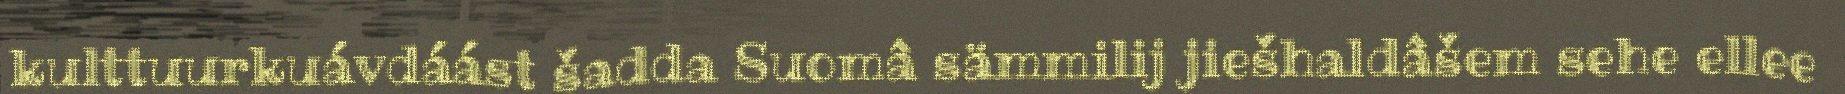
kulttuurkuávdáást šadda Suomâ sämmilij jiešhaldâšem sehe ellee